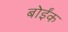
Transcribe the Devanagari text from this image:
बोईंक